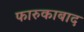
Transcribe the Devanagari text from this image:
फारुकाबाद